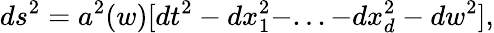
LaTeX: ds^{2}=a^{2}(w)[dt^{2}-dx_{1}^{2}-...-dx_{d}^{2}-dw^{2}],